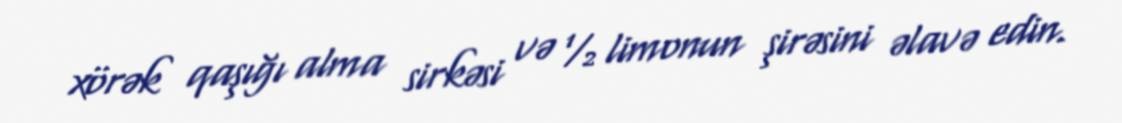
xörək qaşığı alma sirkəsi və ½ limonun şirəsini əlavə edin.